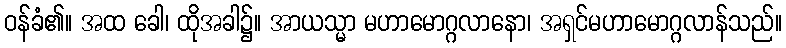
ဝန်ခံ၏။ အထ ခေါ၊ ထိုအခါ၌။ အာယသ္မာ မဟာမောဂ္ဂလာနော၊ အရှင်မဟာမောဂ္ဂလာန်သည်။